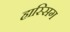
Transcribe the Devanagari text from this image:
हास्सिग